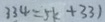
3 3 4 = 5 k + 3 3 1